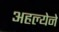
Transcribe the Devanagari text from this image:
अहल्येने